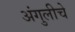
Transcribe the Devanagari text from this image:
अंगुलीचे